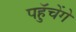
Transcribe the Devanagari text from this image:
पहुॅचेंगे